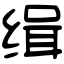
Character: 缉